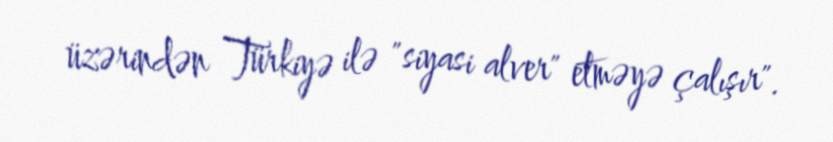
üzərindən Türkiyə ilə "siyasi alver" etməyə çalışır".